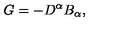
G = - D ^ { \alpha } B _ { \alpha } \mathrm { } ,